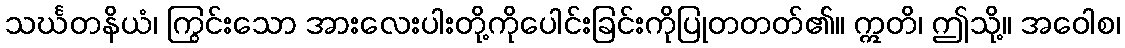
သင်္ဃတနိယံ၊ ကြွင်းသော အားလေးပါးတို့ကိုပေါင်းခြင်းကိုပြုတတတ်၏။ ဣတိ၊ ဤသို့။ အဝေါစ၊